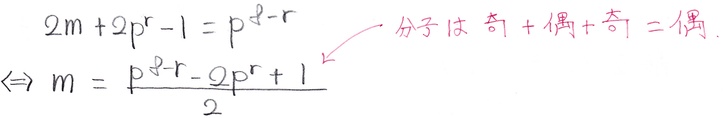
\[
\begin{align*}
2m + 2p^{r}-1&=p^{q}-r\\
\Leftrightarrow m&=\frac{p^{q}-r - 2p^{r}+1}{2}
\end{align*}
\]
分子は 奇+偶+奇=偶.